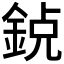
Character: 𨦸